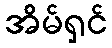
အိမ်ရှင်